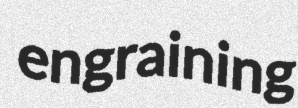
engraining